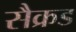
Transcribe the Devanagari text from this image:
सैक्रड